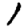
Digit: 1